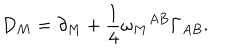
D _ { M } = \partial _ { M } + \frac { 1 } { 4 } \omega _ { M } { } ^ { A B } \Gamma _ { A B } .